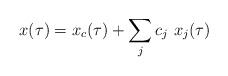
LaTeX: \begin{align*}x(\tau) = x_c(\tau) + \sum_j c_j \ x_j(\tau)\end{align*}